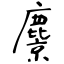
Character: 麖